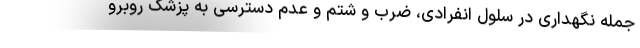
جمله نگهداری در سلول انفرادی، ضرب و شتم و عدم دسترسی به پزشک روبرو